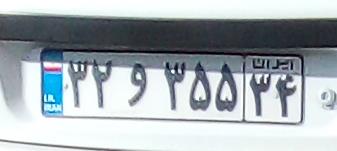
۳۲و۳۵۵۳۴